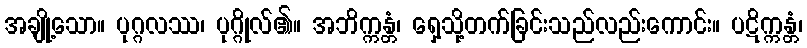
အချို့သော။ ပုဂ္ဂလဿ၊ ပုဂ္ဂိုလ်၏။ အဘိက္ကန္တံ၊ ရှေ့သို့တက်ခြင်းသည်လည်းကောင်း။ ပဋိက္ကန္တံ၊